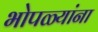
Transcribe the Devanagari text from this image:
भोपळ्यांना